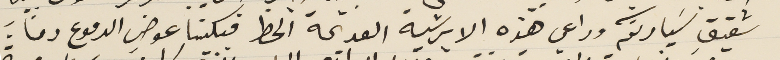
شقيق سَيادتكم وراعي هذه الابرشية القديمة الحظ فبكينا عوض الدموع دماءً